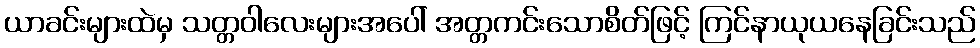
ယာခင်းများထဲမှ သတ္တဝါလေးများအပေါ် အတ္တကင်းသောစိတ်ဖြင့် ကြင်နာယုယနေခြင်းသည်